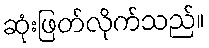
ဆုံးဖြတ်လိုက်သည်။